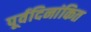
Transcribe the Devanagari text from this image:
पूर्वदिनांकित